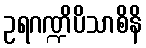
ဥရဂဏ္ဍိပိသာစိနိ